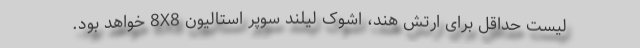
لیست حداقل برای ارتش هند، اشوک لیلند سوپر استالیون 8X8 خواهد بود.